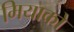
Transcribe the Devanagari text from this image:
मियाको